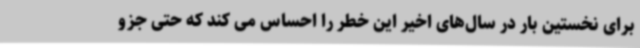
برای نخستین بار در سال‌های اخیر این خطر را احساس می کند که حتی جزو